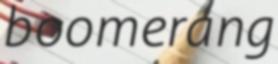
boomerang